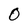
Character: O